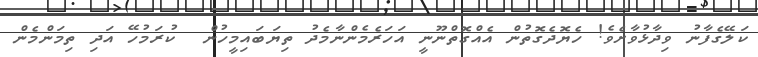
ކަލޭގެފާނު ވިދާޅުވާށެވެ! ހެޔޮދެގޮތުން އެއްގޮތްނޫނީ އަހަރެމެންނާމެދު ތިޔަބައިމީހުން  ކުރަމުހޭ އަދި ތިމަންމެން